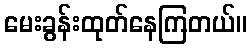
မေးခွန်းထုတ်နေကြတယ်။